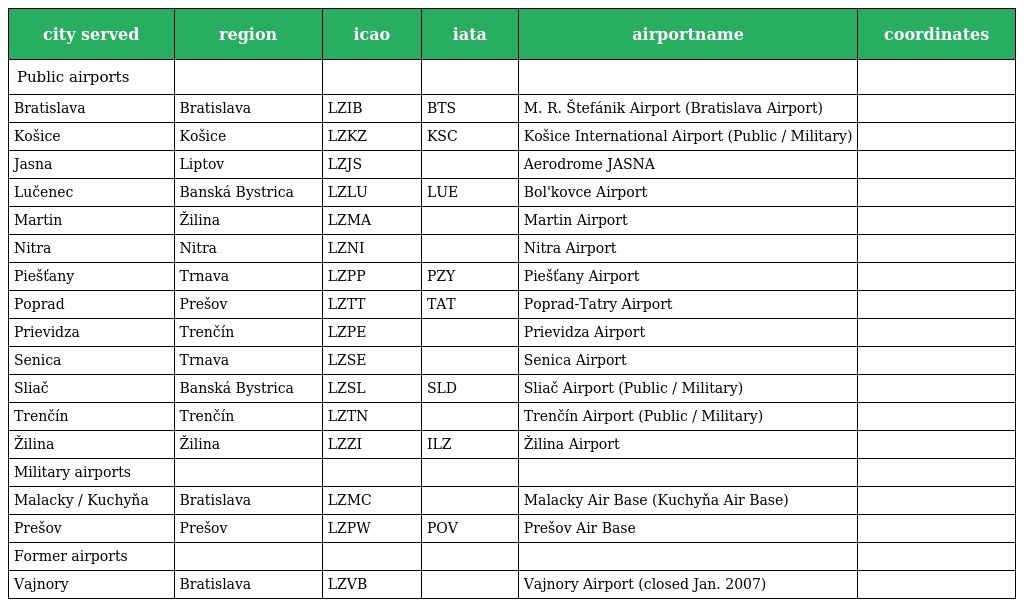
| city served | region | icao | iata | airportname | coordinates |
 | --- | --- | --- | --- | --- | --- |
 | Public airports |  |  |  |  |  |
 | Bratislava | Bratislava | LZIB | BTS | M. R. Štefánik Airport (Bratislava Airport) |  |
 | Košice | Košice | LZKZ | KSC | Košice International Airport (Public / Military) |  |
 | Jasna | Liptov | LZJS |  | Aerodrome JASNA |  |
 | Lučenec | Banská Bystrica | LZLU | LUE | Bol'kovce Airport |  |
 | Martin | Žilina | LZMA |  | Martin Airport |  |
 | Nitra | Nitra | LZNI |  | Nitra Airport |  |
 | Piešťany | Trnava | LZPP | PZY | Piešťany Airport |  |
 | Poprad | Prešov | LZTT | TAT | Poprad-Tatry Airport |  |
 | Prievidza | Trenčín | LZPE |  | Prievidza Airport |  |
 | Senica | Trnava | LZSE |  | Senica Airport |  |
 | Sliač | Banská Bystrica | LZSL | SLD | Sliač Airport (Public / Military) |  |
 | Trenčín | Trenčín | LZTN |  | Trenčín Airport (Public / Military) |  |
 | Žilina | Žilina | LZZI | ILZ | Žilina Airport |  |
 | Military airports |  |  |  |  |  |
 | Malacky / Kuchyňa | Bratislava | LZMC |  | Malacky Air Base (Kuchyňa Air Base) |  |
 | Prešov | Prešov | LZPW | POV | Prešov Air Base |  |
 | Former airports |  |  |  |  |  |
 | Vajnory | Bratislava | LZVB |  | Vajnory Airport (closed Jan. 2007) |  |